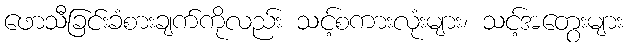
ဖောသီခြင်းခံစားချက်ကိုလည်း သင့်စကားလုံးများ၊ သင့်အတွေးများ